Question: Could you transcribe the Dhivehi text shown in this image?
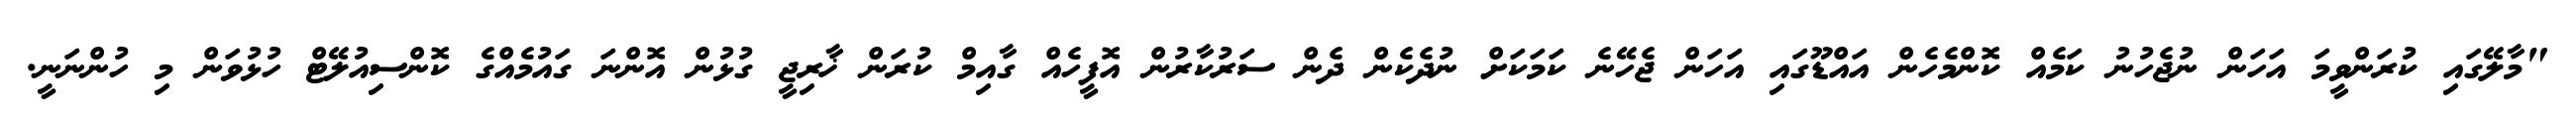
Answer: "މާލޭގައި ކުރަންވީމަ އަހަން ނުޖެހުނު ކަމެއް ކޮންމެހެން އައްޑޫގައި އަހަން ޖެހޭނެ ކަމަކަށް ނުދެކެން ދެން ސަރުކާރުން އޮފީހެއް ގާއިމް ކުރަން ޚާރިޖީ ގުޅުން އޮންނަ ގައުމެއްގެ ކޮންސިއުލޭޓް ހުޅުވަން މި ހުންނަނީ.